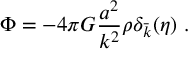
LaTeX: \Phi = - 4 \pi G \frac { a ^ { 2 } } { k ^ { 2 } } \rho \delta _ { \bar { k } } ( \eta ) ~ .